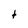
Character: t